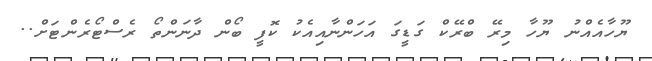
ޔޫހާއެއްނު ޔޫހާ މިރޭ ބްރޭކް ގަޑީގަ އަހަންނާއިއެކު ކޮފީ ބޯން ދާނަންތޯ ރެސްޓޯރެންޓަށް..